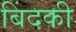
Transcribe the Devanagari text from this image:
बिंदकी